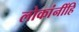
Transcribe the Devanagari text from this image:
लोकांनींहि